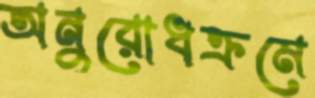
অনুরোধক্রমে